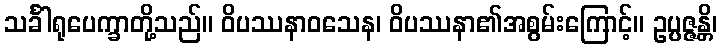
သင်္ခါရုပေက္ခာတို့သည်။ ဝိပဿနာဝသေန၊ ဝိပဿနာ၏အစွမ်းကြောင့်။ ဥပ္ပဇ္ဇန္တိ၊